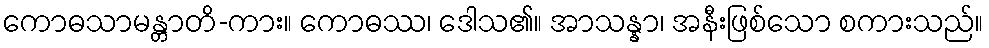
ကောဓသာမန္တာတိ-ကား။ ကောဓဿ၊ ဒေါသ၏။ အာသန္နာ၊ အနီးဖြစ်သော စကားသည်။